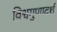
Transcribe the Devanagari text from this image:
विश्वगुणादर्श